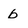
Character: b